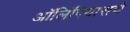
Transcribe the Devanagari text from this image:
ऑलिंपियासचे